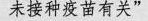
未接种疫苗有关”